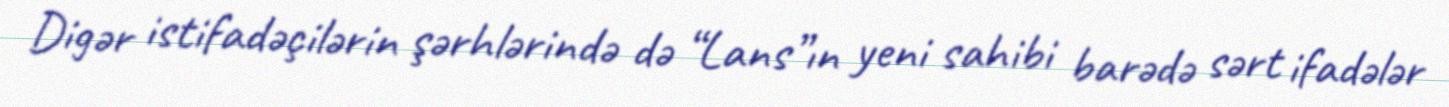
Digər istifadəçilərin şərhlərində də “Lans”ın yeni sahibi barədə sərt ifadələr